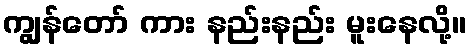
ကျွန်တော် ကား နည်းနည်း မူးနေလို့။